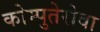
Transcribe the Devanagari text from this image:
कोम्पुतेरोवा